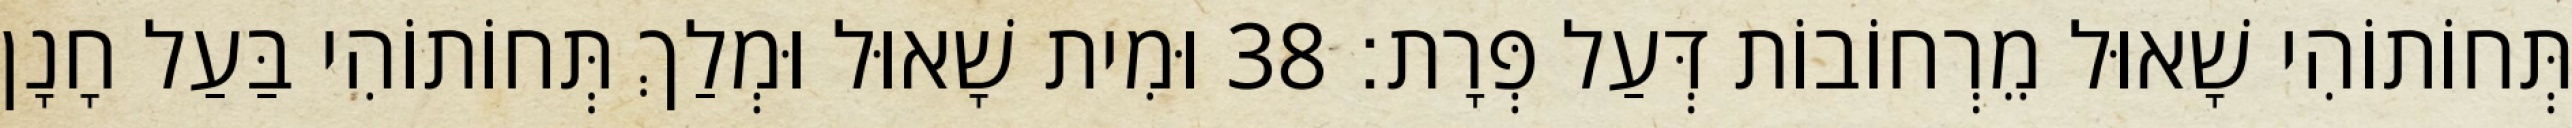
תְּחוֹתוֹהִי שָׁאוּל מֵרְחוֹבוֹת דְּעַל פְּרָת׃ 38 וּמִית שָׁאוּל וּמְלַךְ תְּחוֹתוֹהִי בַּעַל חָנָן